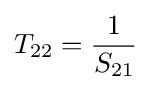
T_{22}={\frac {1}{S_{21}}}